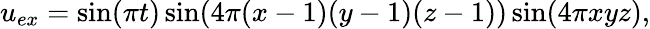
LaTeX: u_{ex}=\sin(\pi t)\sin(4\pi(x-1)(y-1)(z-1))\sin(4\pi xyz),